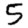
Digit: 5